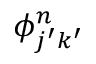
\phi _ { j ^ { \prime } k ^ { \prime } } ^ { n }